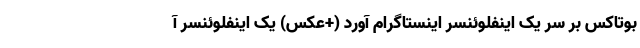
بوتاکس بر سر یک اینفلوئنسر اینستاگرام آورد (+عکس) یک اینفلوئنسر آ